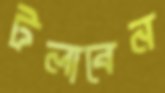
টলাবেন